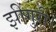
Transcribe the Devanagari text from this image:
झींगुरी।